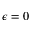
\epsilon = 0